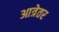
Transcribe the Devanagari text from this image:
आत्रेतर